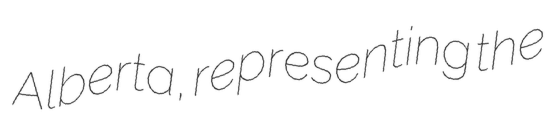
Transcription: Alberta, representing the